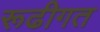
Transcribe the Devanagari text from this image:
रूढीगत